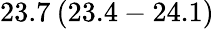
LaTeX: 23.7\: (23.4-24.1)